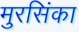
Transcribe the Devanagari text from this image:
मुरसिंका